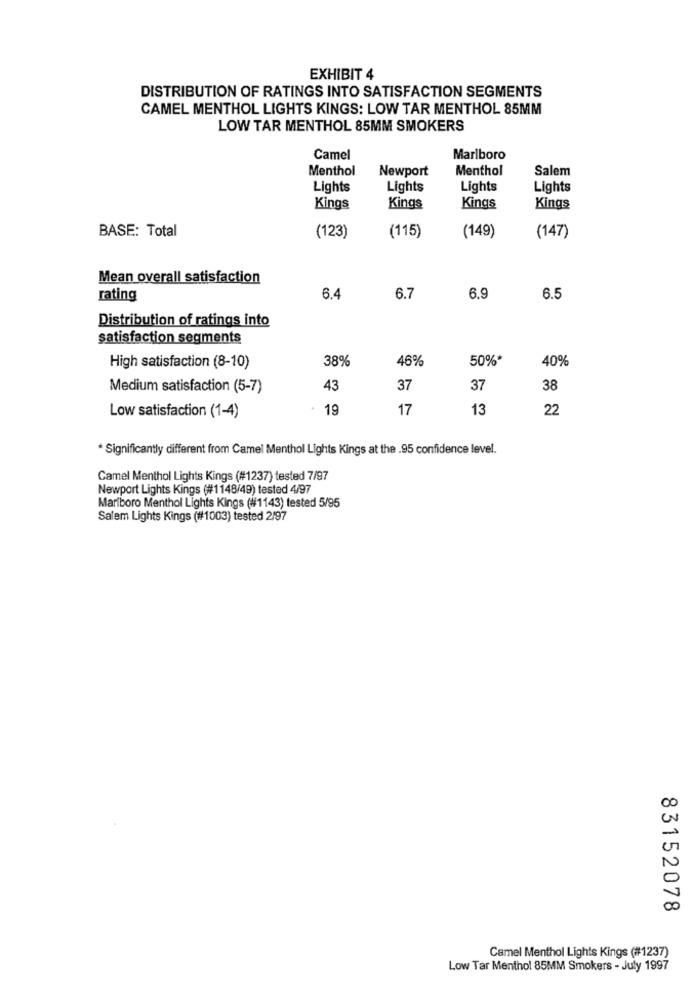
EXHIBIT 4
DISTRIBUTION OF RATINGS INTO SATISFACTION SEGMENTS
CAMEL MENTHOL LIGHTS KINGS: LOW TAR MENTHOL 85MM
LOW TAR MENTHOL 85MM SMOKERS
Camel
Marlboro
Menthol
Newport
Menthol
Salem
Lights
Lights
Lights
Lights
Kings
Kings
Kings
Kings
BASE: Total
(123)
(115)
(149)
(147)
Mean overall satisfaction
rating
6.4
6.7
6.9
6.5
Distribution of ratings into
satisfaction segments
38%
46%
50%*
40%
High satisfaction (8-10)
Medium satisfaction (5-7)
43
37
37
38
. 19
17
13
22
Low satisfaction (1-4)
* Significantly different from Camel Menthol Lights Kings at the .95 confidence level.
Camel Menthol Lights Kings (#1237) tested 7/97
Newport Lights Kings (#1148/49) tested 4/97
Marlboro Menthol Lights Kings (#1143) tested 5/95
Salem Lights Kings (#1003) tested 2/97
83152078
Camel Menthol Lights Kings (#1237)
Low Tar Menthol 85MM Smokers - July 1997